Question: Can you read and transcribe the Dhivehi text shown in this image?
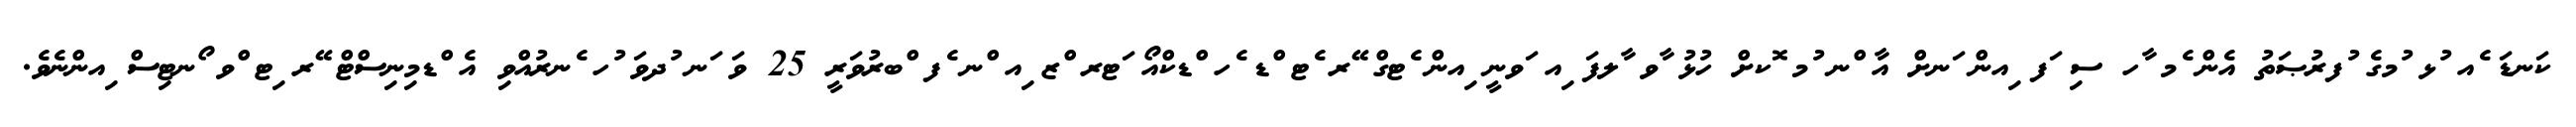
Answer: ކަނޑަ ެއ ުޅ ުމގެ ުފރުޞަތު އެން ެމ ާހ ސި ަފ ިއން ަނށް އާ ްނ ުމ ޮކށް ހުޅު ާވ ާލފަ ިއ ަވނީ ިއން ެޓގް ޭރ ެޓ ްޑ ެހ ްޑކްއޯ ަޓރ ްޒ ިއ ްނ ެފ ްބރުވަރީ 25 ވަ ަނ ުދވަ ުހ ެނރުއްވި އެ ްޑމިނިސްޓް ޭރ ިޓ ްވ ޯނޓިސް ިއންނެވެ.